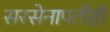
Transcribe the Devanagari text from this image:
सरसेनापतीही